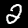
Label: 2